Annual report on the Civil Veterinary Department, Burma (including the Insein Veterinary School) - 1923-1931
Year: 1923
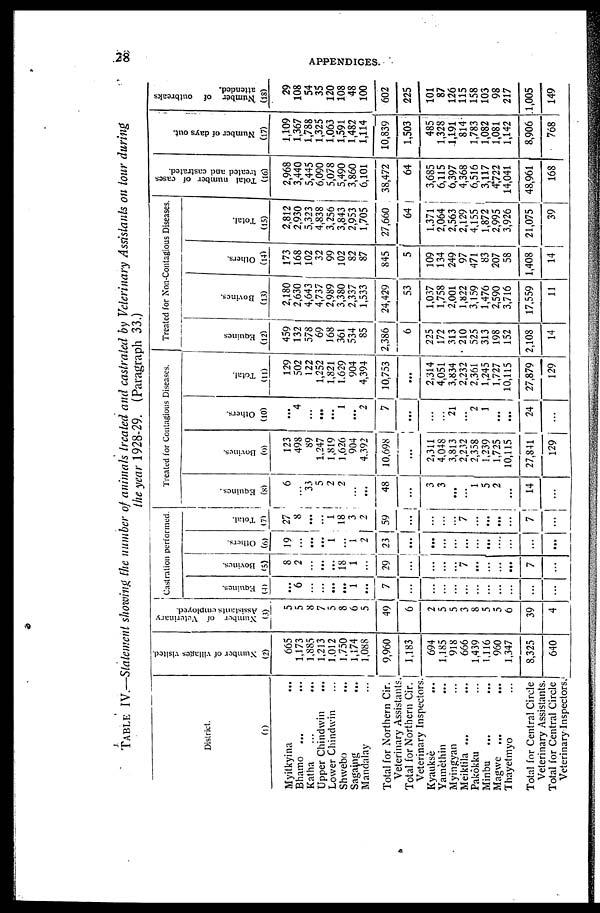
28
APPENDICES.
TABLE
IV.—Statement showing the number of animals treated and castrated by Veterinary Assistants on tour during
the year 1928-29. (Paragraph 33.)
District.
(1)
Myitkyina ...
Bhamo ... ...
Katha ... ...
Upper Chindwin ...
Lower Chindwin ...
Shwebo ...
Sagaing ...
Mandalay ...
Total for Northern Cir.
Veterinary Assistants.
Total for Northern Cir.
Veterinary Inspectors.
Kyauksè ...
Yamèthin ...
Myingyan ...
Meiktila ... ...
Pakôkku ...
Minbu ... ...
Magwe ... ...
Thayetmyo ...
Total for Central Circle
Veterinary Assistants.
Total for Central Circle
Veterinary Inspectors.
Number of villages visited
(2)
665
1,173
1,885
1,213
1,012
1,750
1,874
1,088
9,960
1,183
694
1,185
918
666
1,439
1,116
960
1,347
8,325
640
Number of Veterinary
Assistants employed.
(3)
5
5
8
7
5
8
6
5
49
6
2
5
5
3
8
5
5
6
39
4
Castration performed
Equines.
(4)
...
6
...
...
...
...
1
...
7
...
...
...
...
...
...
...
...
...
...
...
Bovines.
(5)
8
2
...
...
...
18
1
...
29
...
...
...
...
7
...
...
...
...
7
...
Others.
(6)
19
...
...
...
1
...
1
2
23
...
...
...
...
...
...
...
...
...
...
...
Total.
(7)
27
8
...
...
1
18
3
2
59
...
...
...
...
7
...
...
...
...
7
...
Treated for Contagious Diseases.
Equines.
(8)
6
...
33
5
2
2
...
...
48
...
3
3
...
...
1
5
2
...
14
...
Bovines.
(9)
123
498
89
1,247
1,819
1,626
904
4,392
10,698
...
2,311
4,048
3,813
2,232
2,358
1,239
1,725
10,115
27,841
129
Others.
(10)
...
4
...
...
...
1
...
2
7
...
...
...
21
...
2
1
...
...
24
...
Total.
(11)
129
502
122
1,252
1,821
1,629
904
4,394
10,753
...
2,314
4,051
3,834
2,232
2,361
1,245
1,727
10,115
27,879
129
Treated for Non-Contagious Diseases
Equines
(12)
459
132
578
69
168
361
534
85
2,386
6
225
172
313
210
525
313
198
152
2,108
14
Bovines.
(13)
2,180
2,630
4,643
4,737
2,989
3,380
2,337
1,533
24,429
53
1,037
1,758
2,001
1,822
3,159
1,476
2,590
3,716
17,559
11
Others.
(14)
173
168
102
32
99
102
82
87
845
5
109
134
249
97
471
83
207
58
1,408
14
Total.
(15)
2,812
2,930
5,323
4,838
3,256
3,843
2,953
1,705
27,660
64
1,371
2,064
2,563
2,129
4,155
1,872
2,995
3,926
21,075
39
Total number of cases
treated and castrated.
(16)
2,968
3,440
5,445
6,090
5,078
5,490
3,860
6,101
38,472
64
3,685
6,115
6,397
4,368
6,516
3,117
4722
14,041
48,961
168
Number of days out.
(17)
1,109
1,367
1,788
1,325
1,063
1,591
1,482
1,114
10,839
1,503
485
1,328
1,191
814
1,783
1,082
1,081
1,142
8,906
768
Number of outbreaks
attended.
(18)
29
108
54
35
120
108
48
100
602
225
101
87
126
115
158
103
98
217
1,005
149